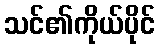
သင်၏ကိုယ်ပိုင်